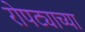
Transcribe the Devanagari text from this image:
रोपट्याच्या